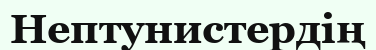
Нептунистердің